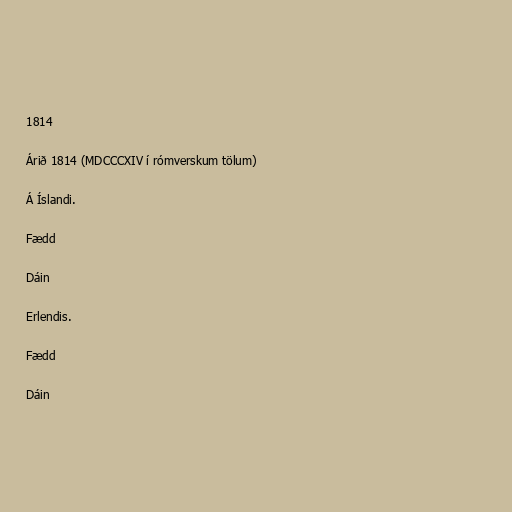
1814

Árið 1814 (MDCCCXIV í rómverskum tölum)

Á Íslandi.

Fædd

Dáin

Erlendis.

Fædd

Dáin